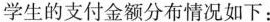
学生的支付金额分布情况如下：